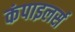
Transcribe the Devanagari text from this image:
कंपाइलर्स